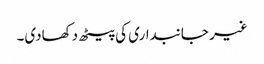
غیر جانبداری کی پیٹھ دکھادی۔